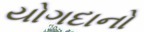
યોગદાનો